Civil Veterinary Dept. Bombay admin report 1923-31 - 1923-1931
Year: 1923
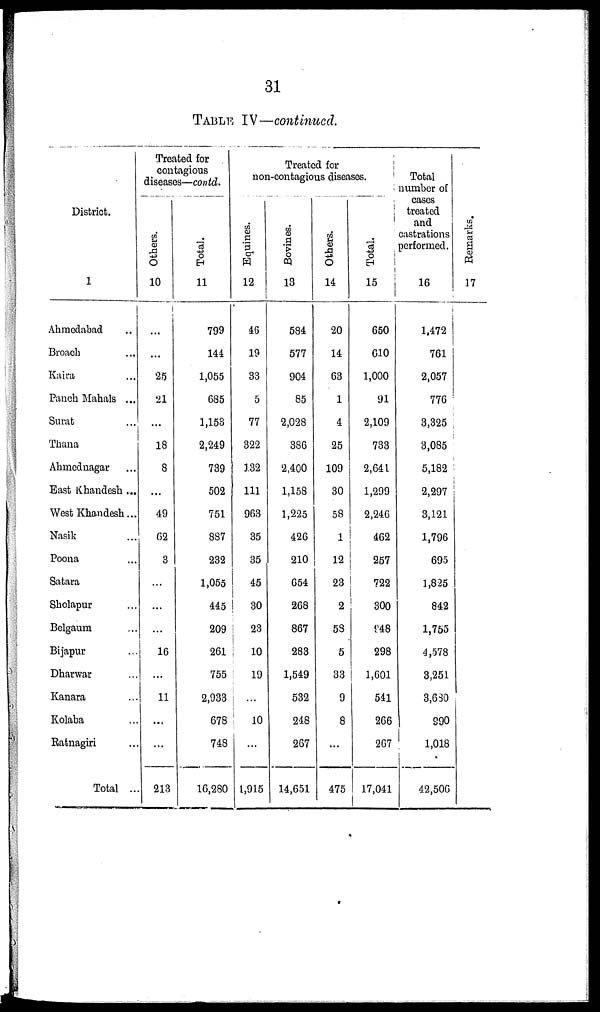
31
TABLE IV—continued.
District.
1
Ahmedabad ...
Broach ...
Kaira ...
Panch Mahals ...
Surat ...
Thana
Ahmednagar ...
East Khandesh ...
West Khandesh...
Nasik ...
Poona ...
Satara
Sholapur ...
Belgaum ...
Bijapur ...
Dharwar ...
Kanara ...
Kolaba ...
Ratnagiri ...
Total ...
Treated for
contagious
diseases—contd.
Others.
10
...
...
25
21
...
18
8
...
49
62
3
...
...
...
16
...
11
...
...
213
Total.
11
799
144
1,055
685
1,153
2,249
739
502
751
887
232
1,055
445
209
261
755
2,933
678
748
16,280
Treated for
non-contagious diseases.
Equines.
12
46
19
33
5
77
322
132
111
963
35
35
45
30
23
10
19
...
10
...
1,915
Bovines.
13
584
577
904
85
2,028
386
2,400
1,158
1,225
426
210
654
268
867
283
1,549
532
248
267
14,651
Others.
14
20
14
63
1
4
25
109
30
58
1
12
23
2
53
5
33
9
8
...
475
Total.
15
650
610
1,000
91
2,109
733
2,641
1,299
2,246
462
257
722
300
948
298
1,601
541
266
267
17,041
Total
number of
cases
treated
and
castrations
performed.
16
1,472
761
2,057
776
3,325
3,085
5,182
2,297
3,121
1,796
695
1,825
842
1,755
4,578
3,251
3,680
990
1,018
42,506
Remarks.
17